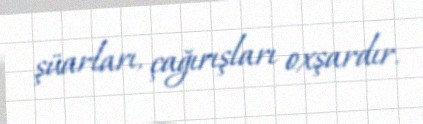
şüarları, çağırışları oxşardır.